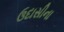
ઉદાસીના